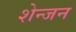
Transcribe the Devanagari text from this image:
शेन्जन